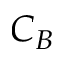
C _ { B }